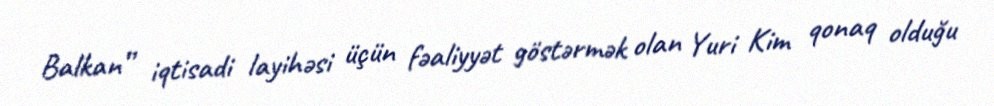
Balkan” iqtisadi layihəsi üçün fəaliyyət göstərmək olan Yuri Kim qonaq olduğu